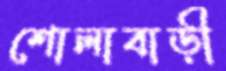
শোলাবাড়ী